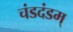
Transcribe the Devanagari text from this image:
चंडदंडम्